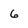
Character: 6